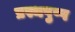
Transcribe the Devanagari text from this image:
प्रस्थपुष्प